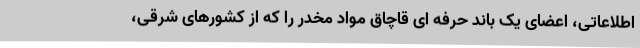
اطلاعاتی، اعضای یک باند حرفه ای قاچاق مواد مخدر را که از کشورهای شرقی،